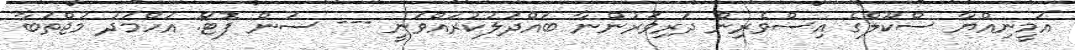
އަމީނިއްޔާ ސްކޫލްގެ އިސްވެރިން ދަރިވަރުންނާ ބައްދަލުކުރައްވަނީ --- ސަން ފޮޓޯ: އަހްމަދު މުޖްތަބާ